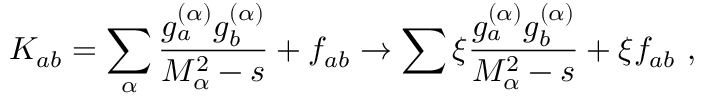
K _ { a b } = \sum _ { \alpha } \frac { g _ { a } ^ { ( \alpha ) } g _ { b } ^ { ( \alpha ) } } { M _ { \alpha } ^ { 2 } - s } + f _ { a b } \to \sum \xi \frac { g _ { a } ^ { ( \alpha ) } g _ { b } ^ { ( \alpha ) } } { M _ { \alpha } ^ { 2 } - s } + \xi f _ { a b } \ ,